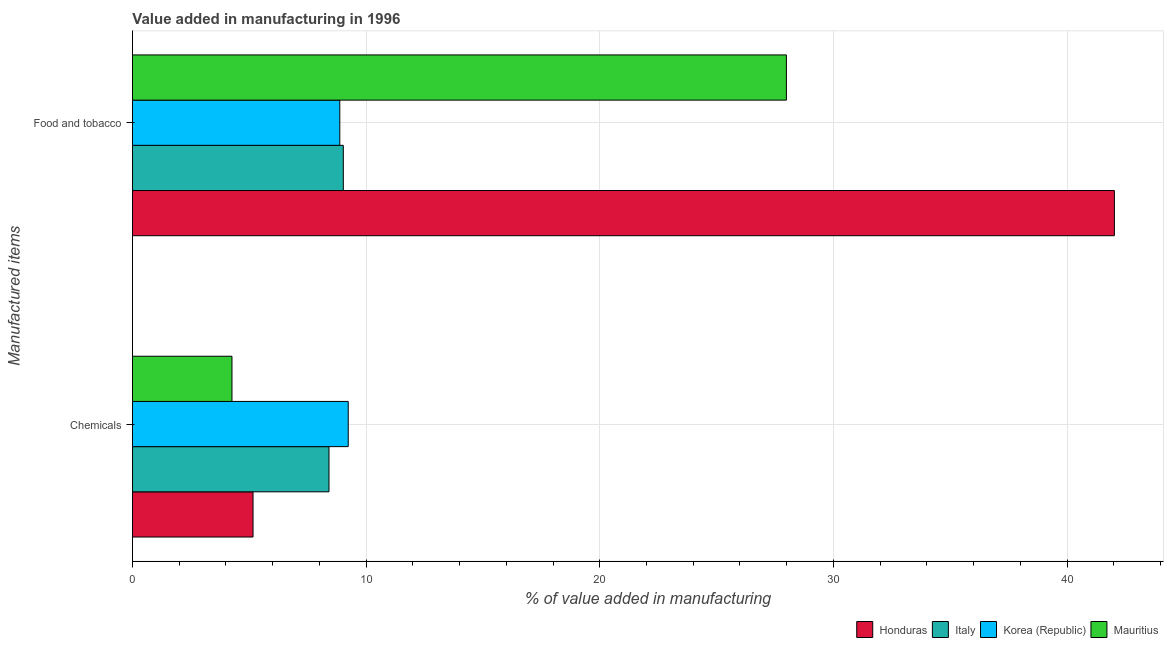
| Manufactured items | Honduras | Italy | Korea (Republic) | Mauritius |
 | --- | --- | --- | --- | --- |
 | Chemicals | 5.16 | 8.41 | 9.24 | 4.26 |
 | Food and tobacco | 42 | 9.03 | 8.87 | 28 |